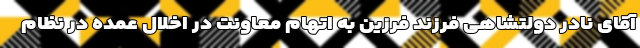
آقای نادر دولتشاهی فرزند فرزین به اتهام معاونت در اخلال عمده در نظام